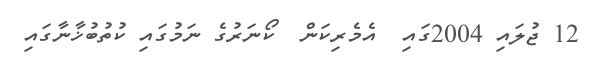
12 ޖުލައި 2004ގައި  އެމެރިކަން  ކޯނަރުގެ ނަމުގައި ކުތުބުޚާނާގައި